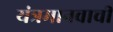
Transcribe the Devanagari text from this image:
यंत्रमानवाची